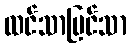
ထင်သာမြင်သာ